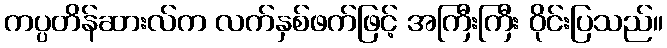
ကပ္ပတိန်ဆားလ်က လက်နှစ်ဖက်ဖြင့် အကြီးကြီး ဝိုင်းပြသည်။